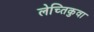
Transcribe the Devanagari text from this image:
लेच्तिकुवा